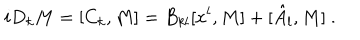
LaTeX: i D _ { k } M = [ C _ { k } , M ] = B _ { k l } [ x ^ { l } , M ] + [ \hat { A } _ { l } , M ] \ .